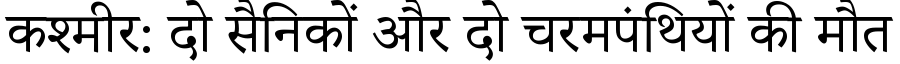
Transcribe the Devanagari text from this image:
कश्मीर: दो सैनिकों और दो चरमपंथियों की मौत